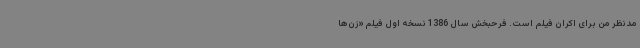
مدنظر من برای اکران فیلم است. فرحبخش سال 1386 نسخه اول فیلم «زن‌ها